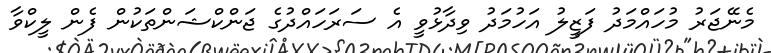
މެނޭޖަރު މުހައްމަދު ފަޒީލު އަހުމަދު ވިދާޅުވީ އެ ސަރަހައްދުގެ ޖަންކްޝަންތަކުން ފެން ލީކްވާ